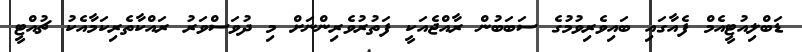
ޑަބްލިއުޓީއެމް ފެއާގައި ބައިވެރިވުމުގެ ސަބަބުން ރާއްޖެއަކީ ފަތުރުވެރިންނަށް މި ދުވަސްވަރު ރައްކާތެރިކަމާއެކު ޗުއްޓީ